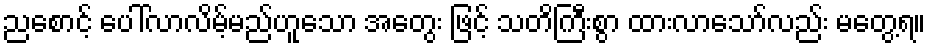
ညစောင့် ပေါ်လာလိမ့်မည်ဟူသော အတွေး ဖြင့် သတိကြီးစွာ ထားလာသော်လည်း မတွေ့ရ။